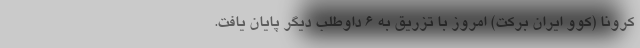
کرونا (کوو ایران برکت) امروز با تزریق به ۶ داوطلب دیگر پایان یافت.